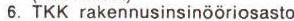
6. TKK rakennusinsinööriosasto